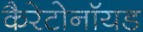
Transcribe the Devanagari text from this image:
कैरेटोनॉयड